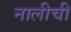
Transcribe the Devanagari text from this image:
नालीची